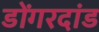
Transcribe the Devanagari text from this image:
डोंगरदांड